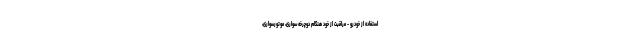
استفاده از خودرو - مراقبت از خود هنگام دوچرخه سواری، موتورسواری،